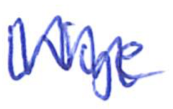
Text: Wye
Cross-out: zig-zag
Writing tool: ballpoint